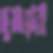
দুমাসের